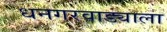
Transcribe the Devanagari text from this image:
धनगरवाड्याला